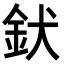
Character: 𮡧